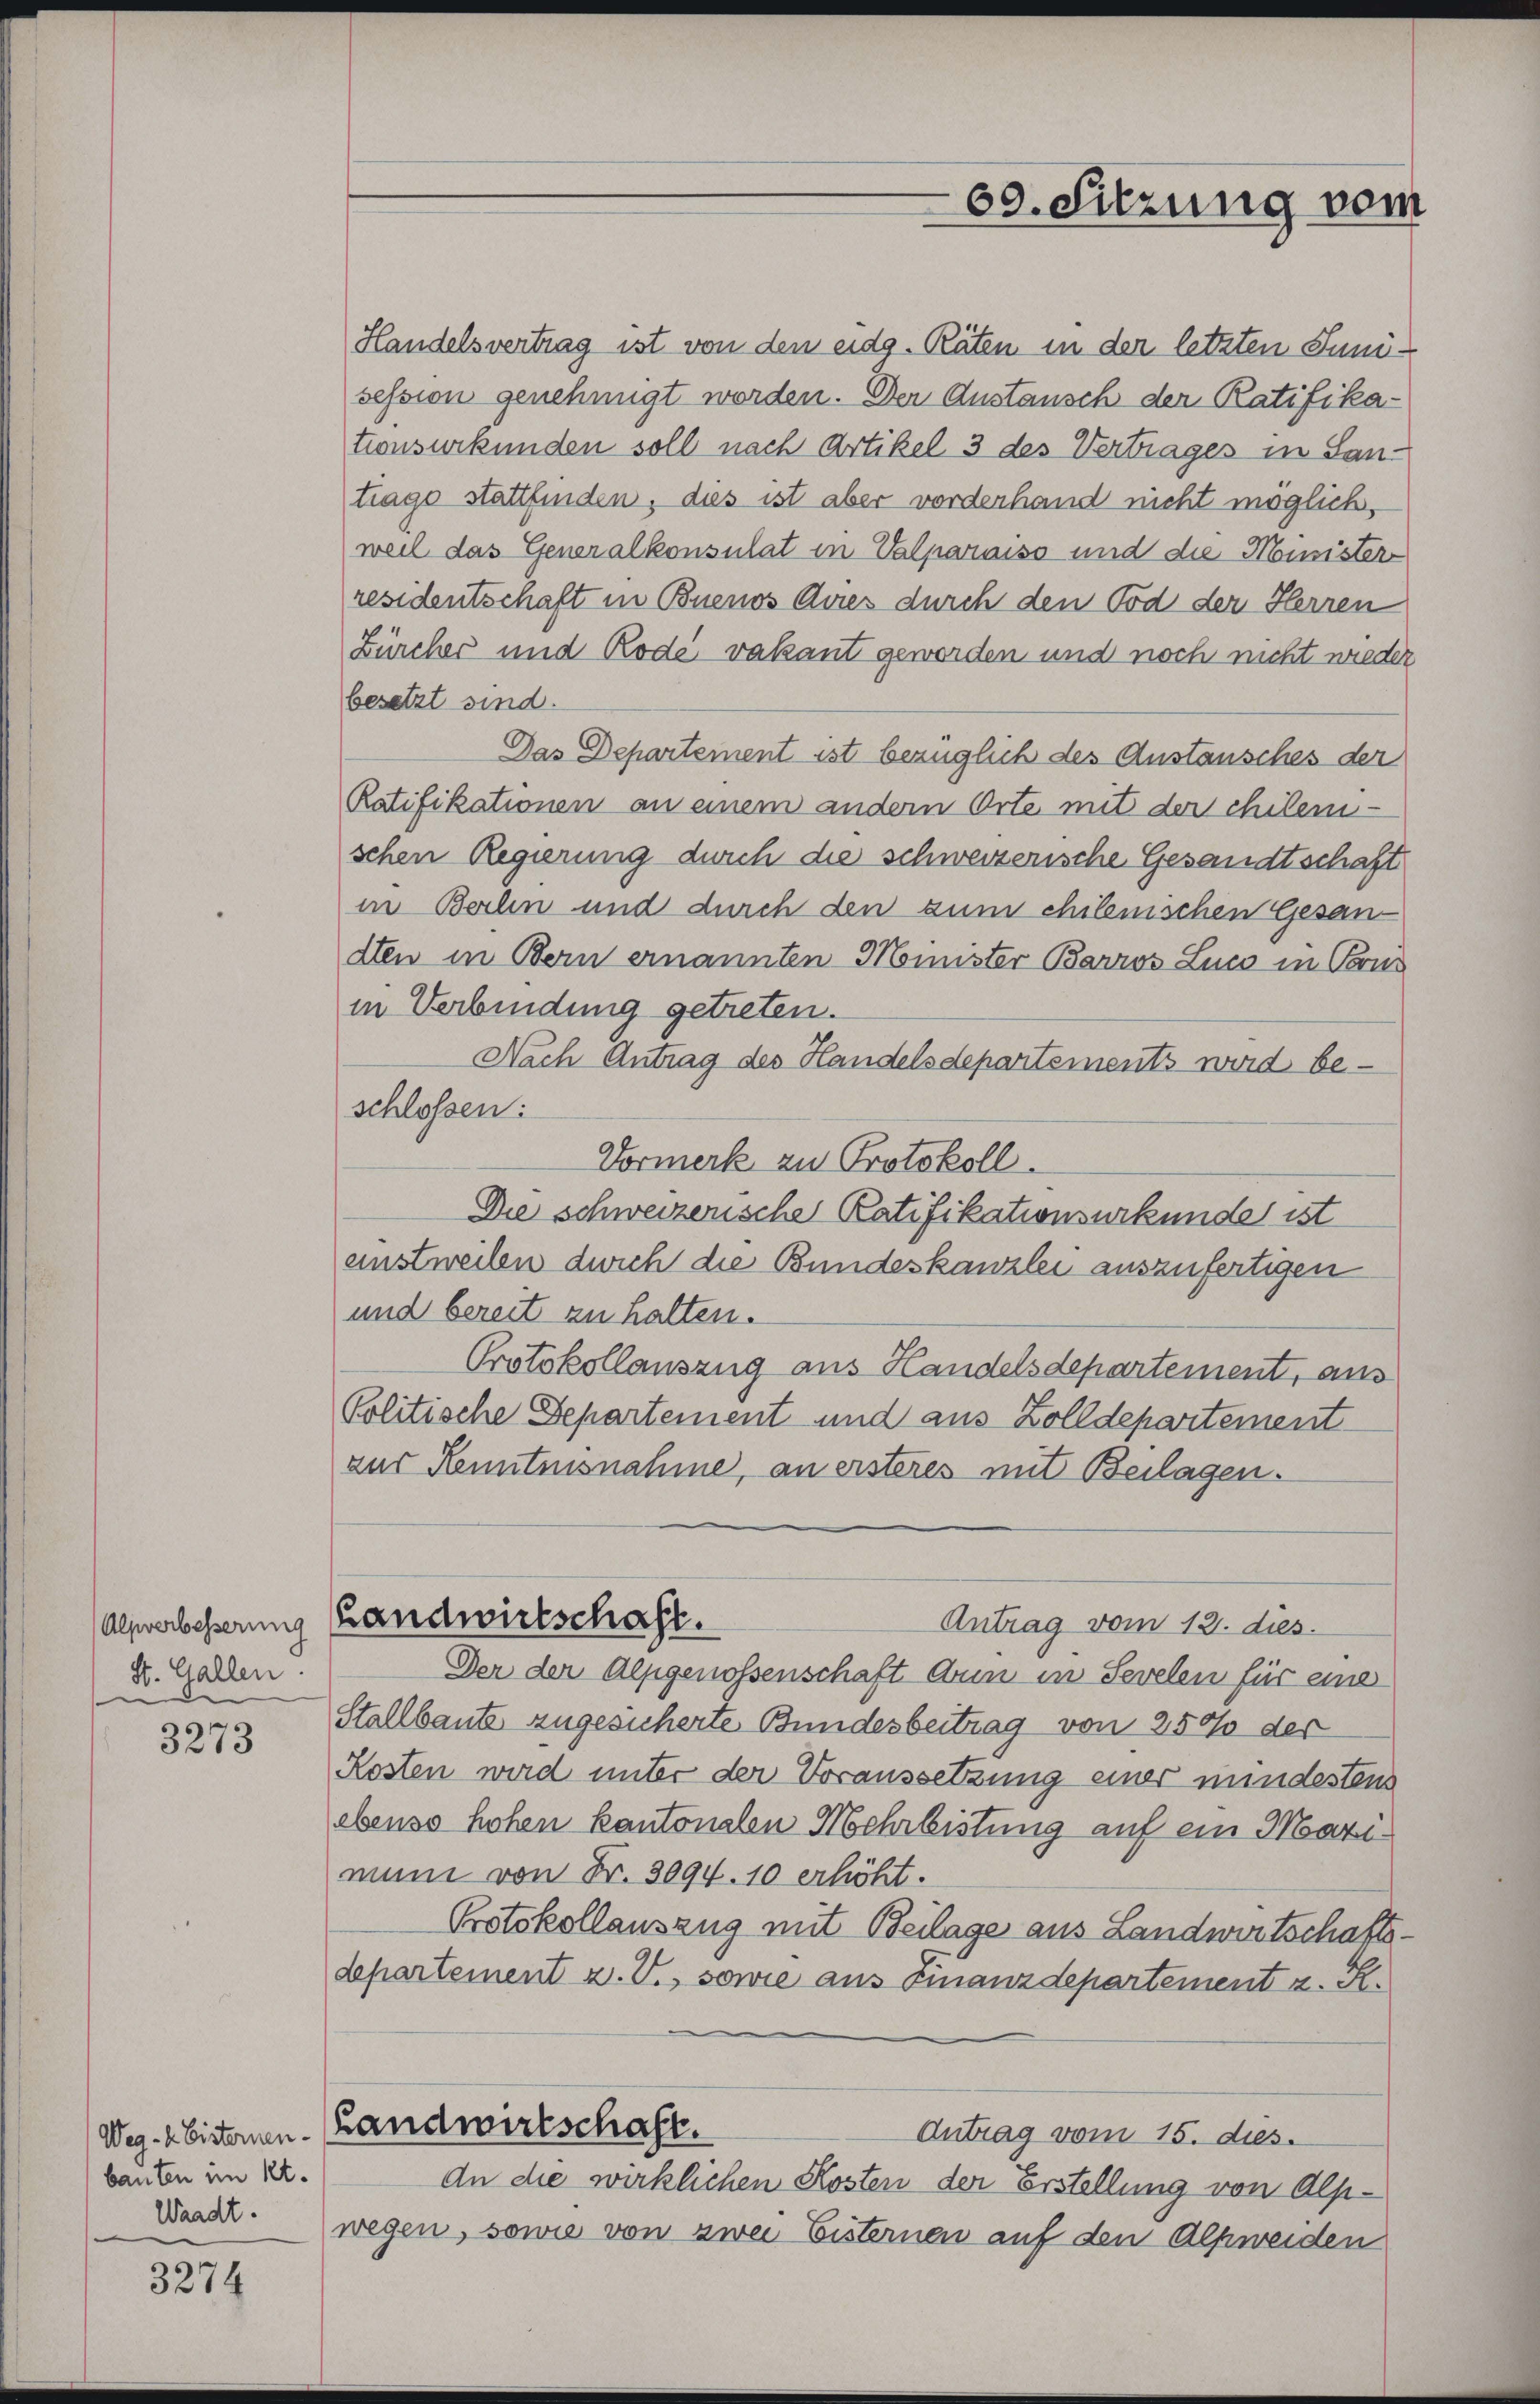
Alpverbesserung
St. Gallen.

3273

bauten im Kt.
Waadt.

3274

Handelsvertrag ist von den eidg. Räten in der letzten Junisession genehmigt worden. Der Austausch der Ratifika-
tionsurkunden soll nach Artikel 3 des Vertrages in Lantrage stattfinden, dies ist aber vorderhand nicht möglich,
weil das Generalkonsulat in Valparniss und die Minister
residentschaft in Buenos Avies durch den Tod der Herren
Zürcher und Rode vakant geworden und noch nicht wieder
besetzt sind.
Das Departement ist bezüglich des Anstausches der
Ratifikationen an einem andern Orte mit der chilem-
schen Regierung durch die schweizerische Gesandtschaft
in Berlin und durch den zum chilenischen Gesandten in Bern ernannten Minister Barros Luco in Perm
in Verbindung getreten.
Nach Antrag des Handelsdepartements wird be-
schlossen:
Vormerk zu Protokoll.
Die schweizerische Ratifikationsurkunde ist
ainstweilen durch die Bundeskanzlei auszufertigen
und bereit zu halten.
Protokollanszug aus Handelsdepartement, aus
Politische Departement und aus Zolldepartement
aus Kenntnisnahme, an ersteres mit Beilagen.
Landwirtschaft.
Antrag vom 12. dies
Der der Alpgenossenschaft Aun in Sevelen für eine
Stallbaute zugesicherte Bundesbeitrag von 250% der
Kosten wird unter der Voraussetzung einer mindestens
ebenso hohen kantonalen Mehrbistung auf ein Mazimuni von Fr. 3094. 10 erhöht.
Protokollauszug mit Beilage aus Landwirtschaftsdepartement u. V., sowie aus Finanzdepartement u. R.
Weg. 4 bisternen-Landwirtschaft.
Antrag vom 15. dies.
An die wirklichen Kosten der Erstellung von Alpwegen, sowie von zwei Eisternen auf den Alpweiden

69. Sitzung vom